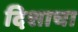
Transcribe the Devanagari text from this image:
दिशाचा